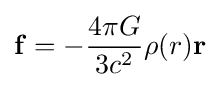
\mathbf {f} =-{4\pi G \over {3c^{2}}}\rho (r)\mathbf {r}